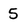
Character: 5